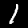
Label: 1